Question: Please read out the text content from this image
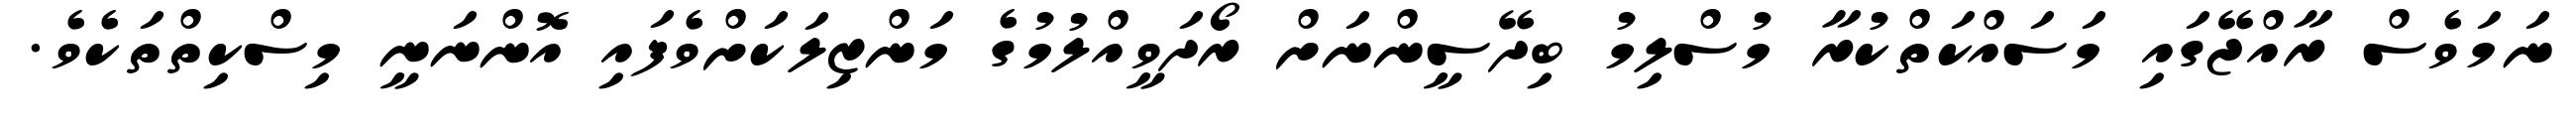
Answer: ނަމަވެސް ރާއްޖޭގައި މަސައްކަތްކުރާ މުސްލިމު ބިދޭސީންނަށް ރޯދަވީއްލުމުގެ މަންޒިލަކަށްވެފައި އޮންނަނީ މިސްކިތްތަކެވެ.